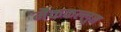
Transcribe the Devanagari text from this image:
मैककल्लुम